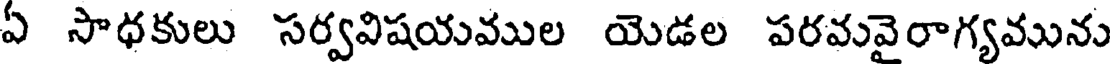
ఏ సాధకులు సర్వవిషయవుల యెడల పరవువైరాగ్యవును